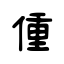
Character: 偅